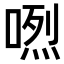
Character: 𠺅